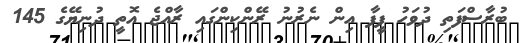
ބުރާސްފަތި ދުވަހު ފީފާ އިން ނެރުނު ރޭންކިންގައި ރާއްޖެ އޮތީ ދުނިޔޭގެ 145